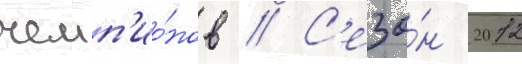
чемп'ио́нов // С'езо́н 2012